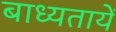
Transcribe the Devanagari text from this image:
बाध्यतायें